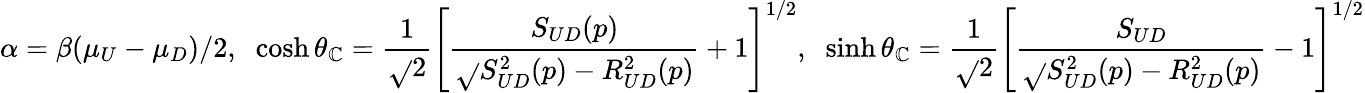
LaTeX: \alpha=\beta(\mu_{U}-\mu_{D})/2,\; \; \cosh\theta_{\mathbb{C}}=\frac{{1}}{{\sqrt{}{{2}}}}\left[\frac{{S_{UD}(p)}}{{\sqrt{}{{S_{UD}^{2}(p)-R_{UD}^{2}(p)}}}}+1\right]^{1/2},\; \; \sinh\theta_{\mathbb{C}}=\frac{{1}}{{\sqrt{}{{2}}}}\left[\frac{{S_{UD}}}{{\sqrt{}{{S_{UD}^{2}(p)-R_{UD}^{2}(p)}}}}-1\right]^{1/2}